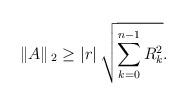
LaTeX: \begin{align*} \left\| {A} \right\|{}_{2}\ge \left| r \right|\sqrt{\sum\limits_{k=0}^{n-1}{R_{k}^{2}}}.\end{align*}